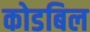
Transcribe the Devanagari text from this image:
कोडबिल